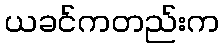
ယခင်ကတည်းက